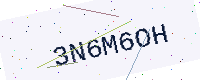
Text: 3N6M6OH